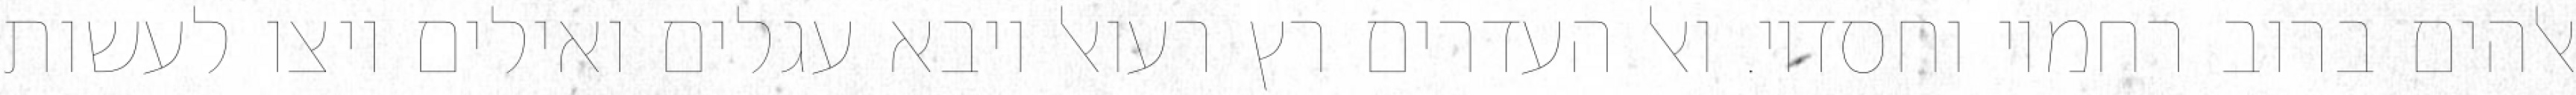
אלהים ברוב רחמיו וחסדיו. ואל העדרים רץ רעואל ויבא עגלים ואילים ויצו לעשות